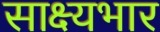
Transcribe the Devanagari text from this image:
साक्ष्यभार